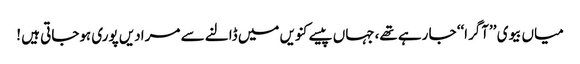
میاں بیوی ’’آگرا‘‘ جا رہے تھے،جہاں پیسے کنویں میں ڈالنے سے مرادیں پوری ہوجاتی ہیں !